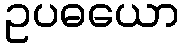
ဥပဓယော